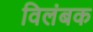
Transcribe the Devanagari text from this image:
विलंबक